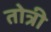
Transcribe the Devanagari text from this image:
तोत्री